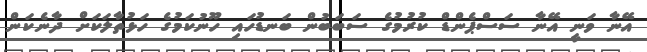
އޭނާ ވަނީ އޭނާ ސަސްޕެންޑް ކުރުމުގެ ސަބަބުން ބަނޑުހައި ހޫނުކަމުގެ ހަޅުތާލަކަށް ދާނެކަން